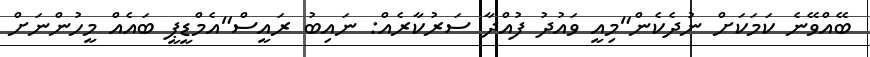
ބޭއްވޭނެ ކަމަކަށް ނުދެކެން"މިއީ ވައުދު ފުއްދާ ސަރުކާރެއް: ނައިބު ރައީސް"އެމްޑީޕީ ބައެއް މީހުންނަށް